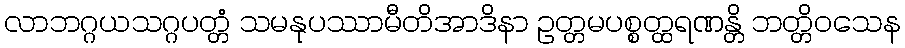
လာဘဂ္ဂယသဂ္ဂပတ္တံ သမနုပဿာမီတိအာဒိနာ ဥတ္တမပစ္စတ္ထရဏန္တိ ဘတ္တိဝသေန